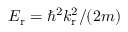
E _ { \mathrm r } = \hbar ^ { 2 } k _ { \mathrm r } ^ { 2 } / ( 2 m )